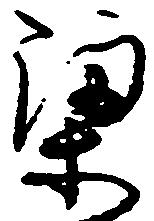
梁